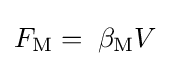
F_{\mathrm {M} }=\;\beta _{\mathrm {M} }V